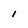
Character: l